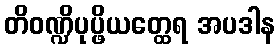
တိဝဏ္ဍိပုပ္ဖိယတ္ထေရ အပဒါန